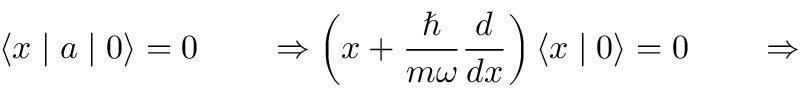
\left\langle x \mid a \mid 0 \right\rangle = 0 \qquad \Rightarrow \left( x + { \frac { \hbar } { m \omega } } { \frac { d } { d x } } \right) \left\langle x \mid 0 \right\rangle = 0 \qquad \Rightarrow